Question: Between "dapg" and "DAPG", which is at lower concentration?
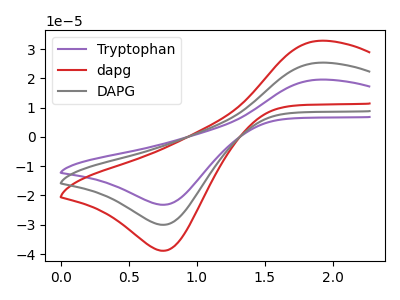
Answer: <think>The purple curve "Tryptophan" has an anodic peak at (1.90V, 50.70uA) and a cathodic peak at (0.75V, -60.00uA). The red curve "dapg" has an anodic peak at (1.90V, 32.80uA) and a cathodic peak at (0.75V, -38.85uA). The gray curve "DAPG" has an anodic peak at (1.90V, 25.35uA) and a cathodic peak at (0.75V, -30.00uA).
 All the peaks in "dapg" have a peak in "DAPG" at the same potential. Every peak in "dapg" is higher than every peak in "DAPG".</think>
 <answer>"dapg" has more signal than "DAPG" and so likely has a higher concentration.</answer>
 <eval>more_concentration</eval>